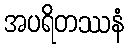
အပရိတဿနံ